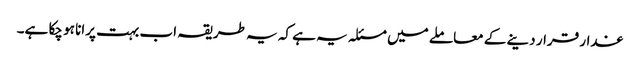
غدار قرار دینے کے معاملے میں مسئلہ یہ ہے کہ یہ طریقہ اب بہت پرانا ہو چکا ہے۔